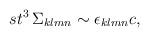
LaTeX: \begin{align*}st^3 \, \Sigma_{klmn} \sim \epsilon_{klmn} c,\end{align*}